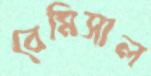
বেমিসাল